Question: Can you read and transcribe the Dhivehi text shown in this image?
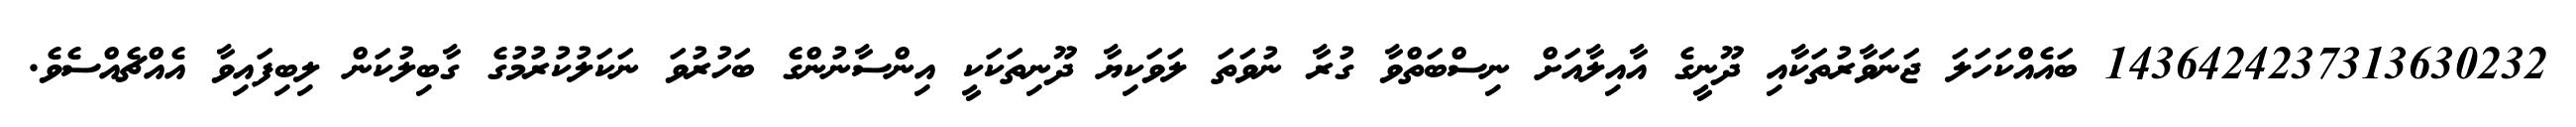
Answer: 1436424237313630232 ބައެއްކަހަލަ ޖަނަވާރުތަކާއި ދޫނީގެ އާއިލާއަށް ނިސްބަތްވާ ގުރާ ނުވަތަ ލަވަކިޔާ ދޫނިތަކަކީ އިންސާނުންގެ ބަހުރުވަ ނަކަލުކުރުމުގެ ގާބިލުކަން ލިބިފައިވާ އެއްޗެއްސެވެ.